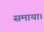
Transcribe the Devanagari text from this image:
समाया।